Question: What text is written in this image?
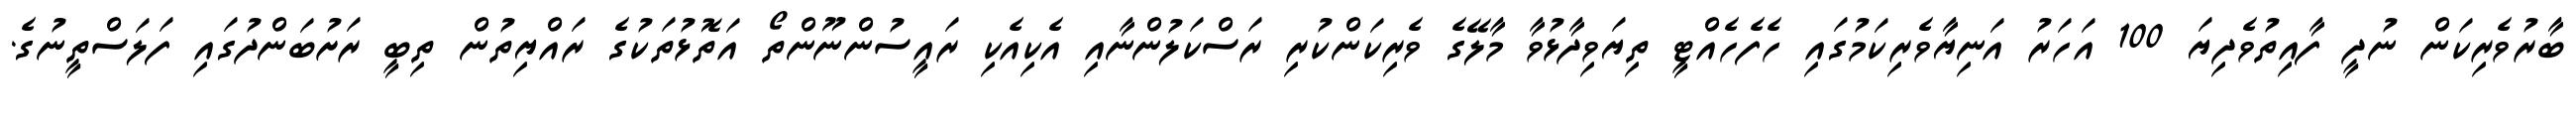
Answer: ބާރުވެރިކަން ނުދީ ފާއިތުވެދިޔަ 100 އަހަރު އަނިޔާވެރިކަމުގައި ހެފެހެއްޓީ ތިޔަވިދާޅުވާ މާލޭގެ ވެރިކަންކުރި ރަސްކަލުންނާއި އެކިއެކި ރައީސުންނޫންތޯ އަތޮޅުތަކުގެ ރައްޔިތުން ތިބީ ރަށުބަންދުގައި ފަލަސްތީނުގެ.